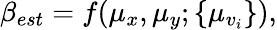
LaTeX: \beta_{est}=f(\mu_{x},\mu_{y};\{ \mu_{v_{i}}\} ),